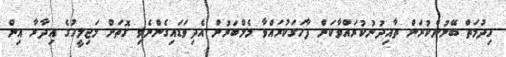
ހިދުމަތް ބޭނުންކުރަން ތާއިދުނުކުރައްވާކަން ފާހަގަކުރައްވާ މެމްބަރުން އެދިވަޑައިގެންނެވި ގޮތަށް މަޖިލީހުގެ އިދާރާ އިން